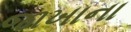
જાખાના